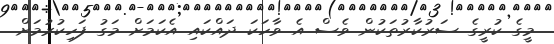
މީގެ ކުރީގެ ސަރުކާރުތަކުން ވެސް އެ ވާހަކަ ދައްކައި އެކަމަށް މަގު ފަހިކުރުމަށް